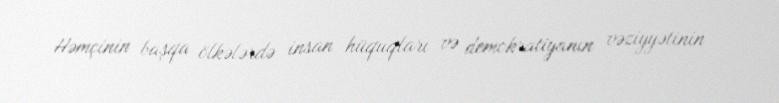
Həmçinin başqa ölkələrdə insan hüquqları və demokratiyanın vəziyyətinin